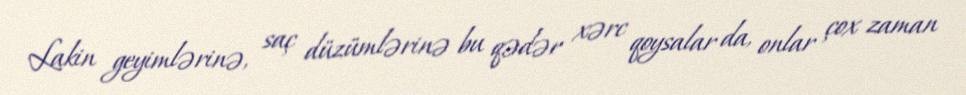
Lakin geyimlərinə, saç düzümlərinə bu qədər xərc qoysalar da, onlar çox zaman